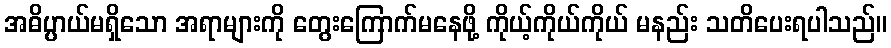
အဓိပ္ပာယ်မရှိသော အရာများကို တွေးကြောက်မနေဖို့ ကိုယ့်ကိုယ်ကိုယ် မနည်း သတိပေးရပါသည်။